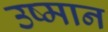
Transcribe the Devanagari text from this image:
उष्मान